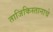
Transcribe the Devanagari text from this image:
ताजिकिस्तानाचे